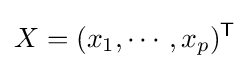
X=(x_{1},\cdots ,x_{p})^{\mathsf {T}}